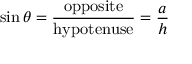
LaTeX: \sin \theta = { \frac { \mathrm { o p p o s i t e } } { \mathrm { h y p o t e n u s e } } } = { \frac { a } { h } }